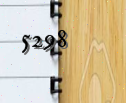
5298